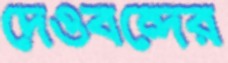
দেওবন্দের